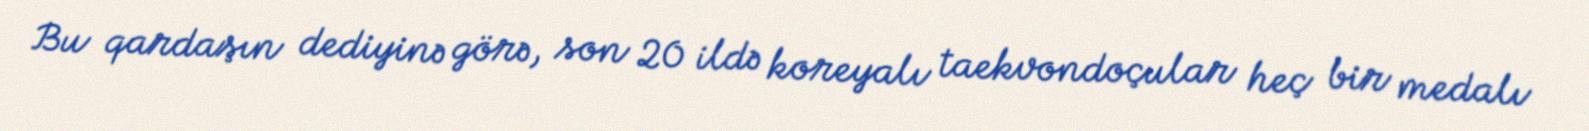
Bu qardaşın dediyinə görə, son 20 ildə koreyalı taekvondoçular heç bir medalı